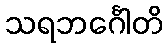
သရဘင်္ဂေါတိ